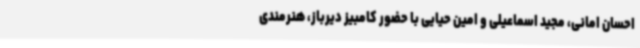
احسان امانی، مجید اسماعیلی و امین حیایی با حضور کامبیز دیرباز، هنرمندی